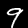
Digit: 9